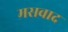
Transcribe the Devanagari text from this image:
मसवाद